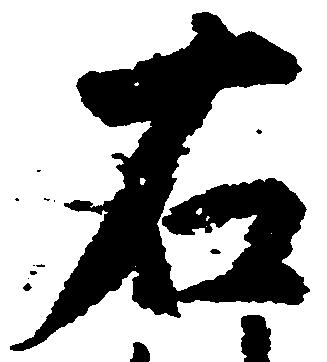
右